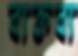
ব্যক্তব্য